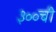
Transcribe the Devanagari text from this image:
३००ची